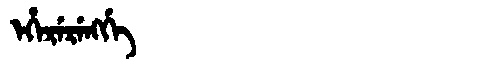
Manchu: ᡝᡥᡝᡵᡝᡵᡝᠩᡤᡝ
Romanization: EHERERENGGE